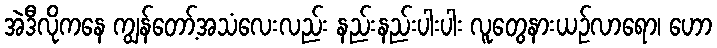
အဲဒီလိုကနေ ကျွန်တော့်အသံလေးလည်း နည်းနည်းပါးပါး လူတွေနားယဉ်လာရော၊ ဟော